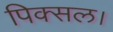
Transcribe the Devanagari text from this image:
पिक्सल।